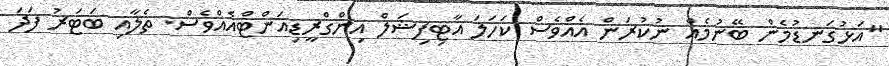
"އަޅުގަނޑުމެން ބޭނުމެއް ނުކުރަން އެއްވެސް ކަހަލަ އާޓިފިޝަލް އިންގްރީޑިއަންޓްއެއްވެސް. ތެލާއި ބަޓަރު ފަދަ